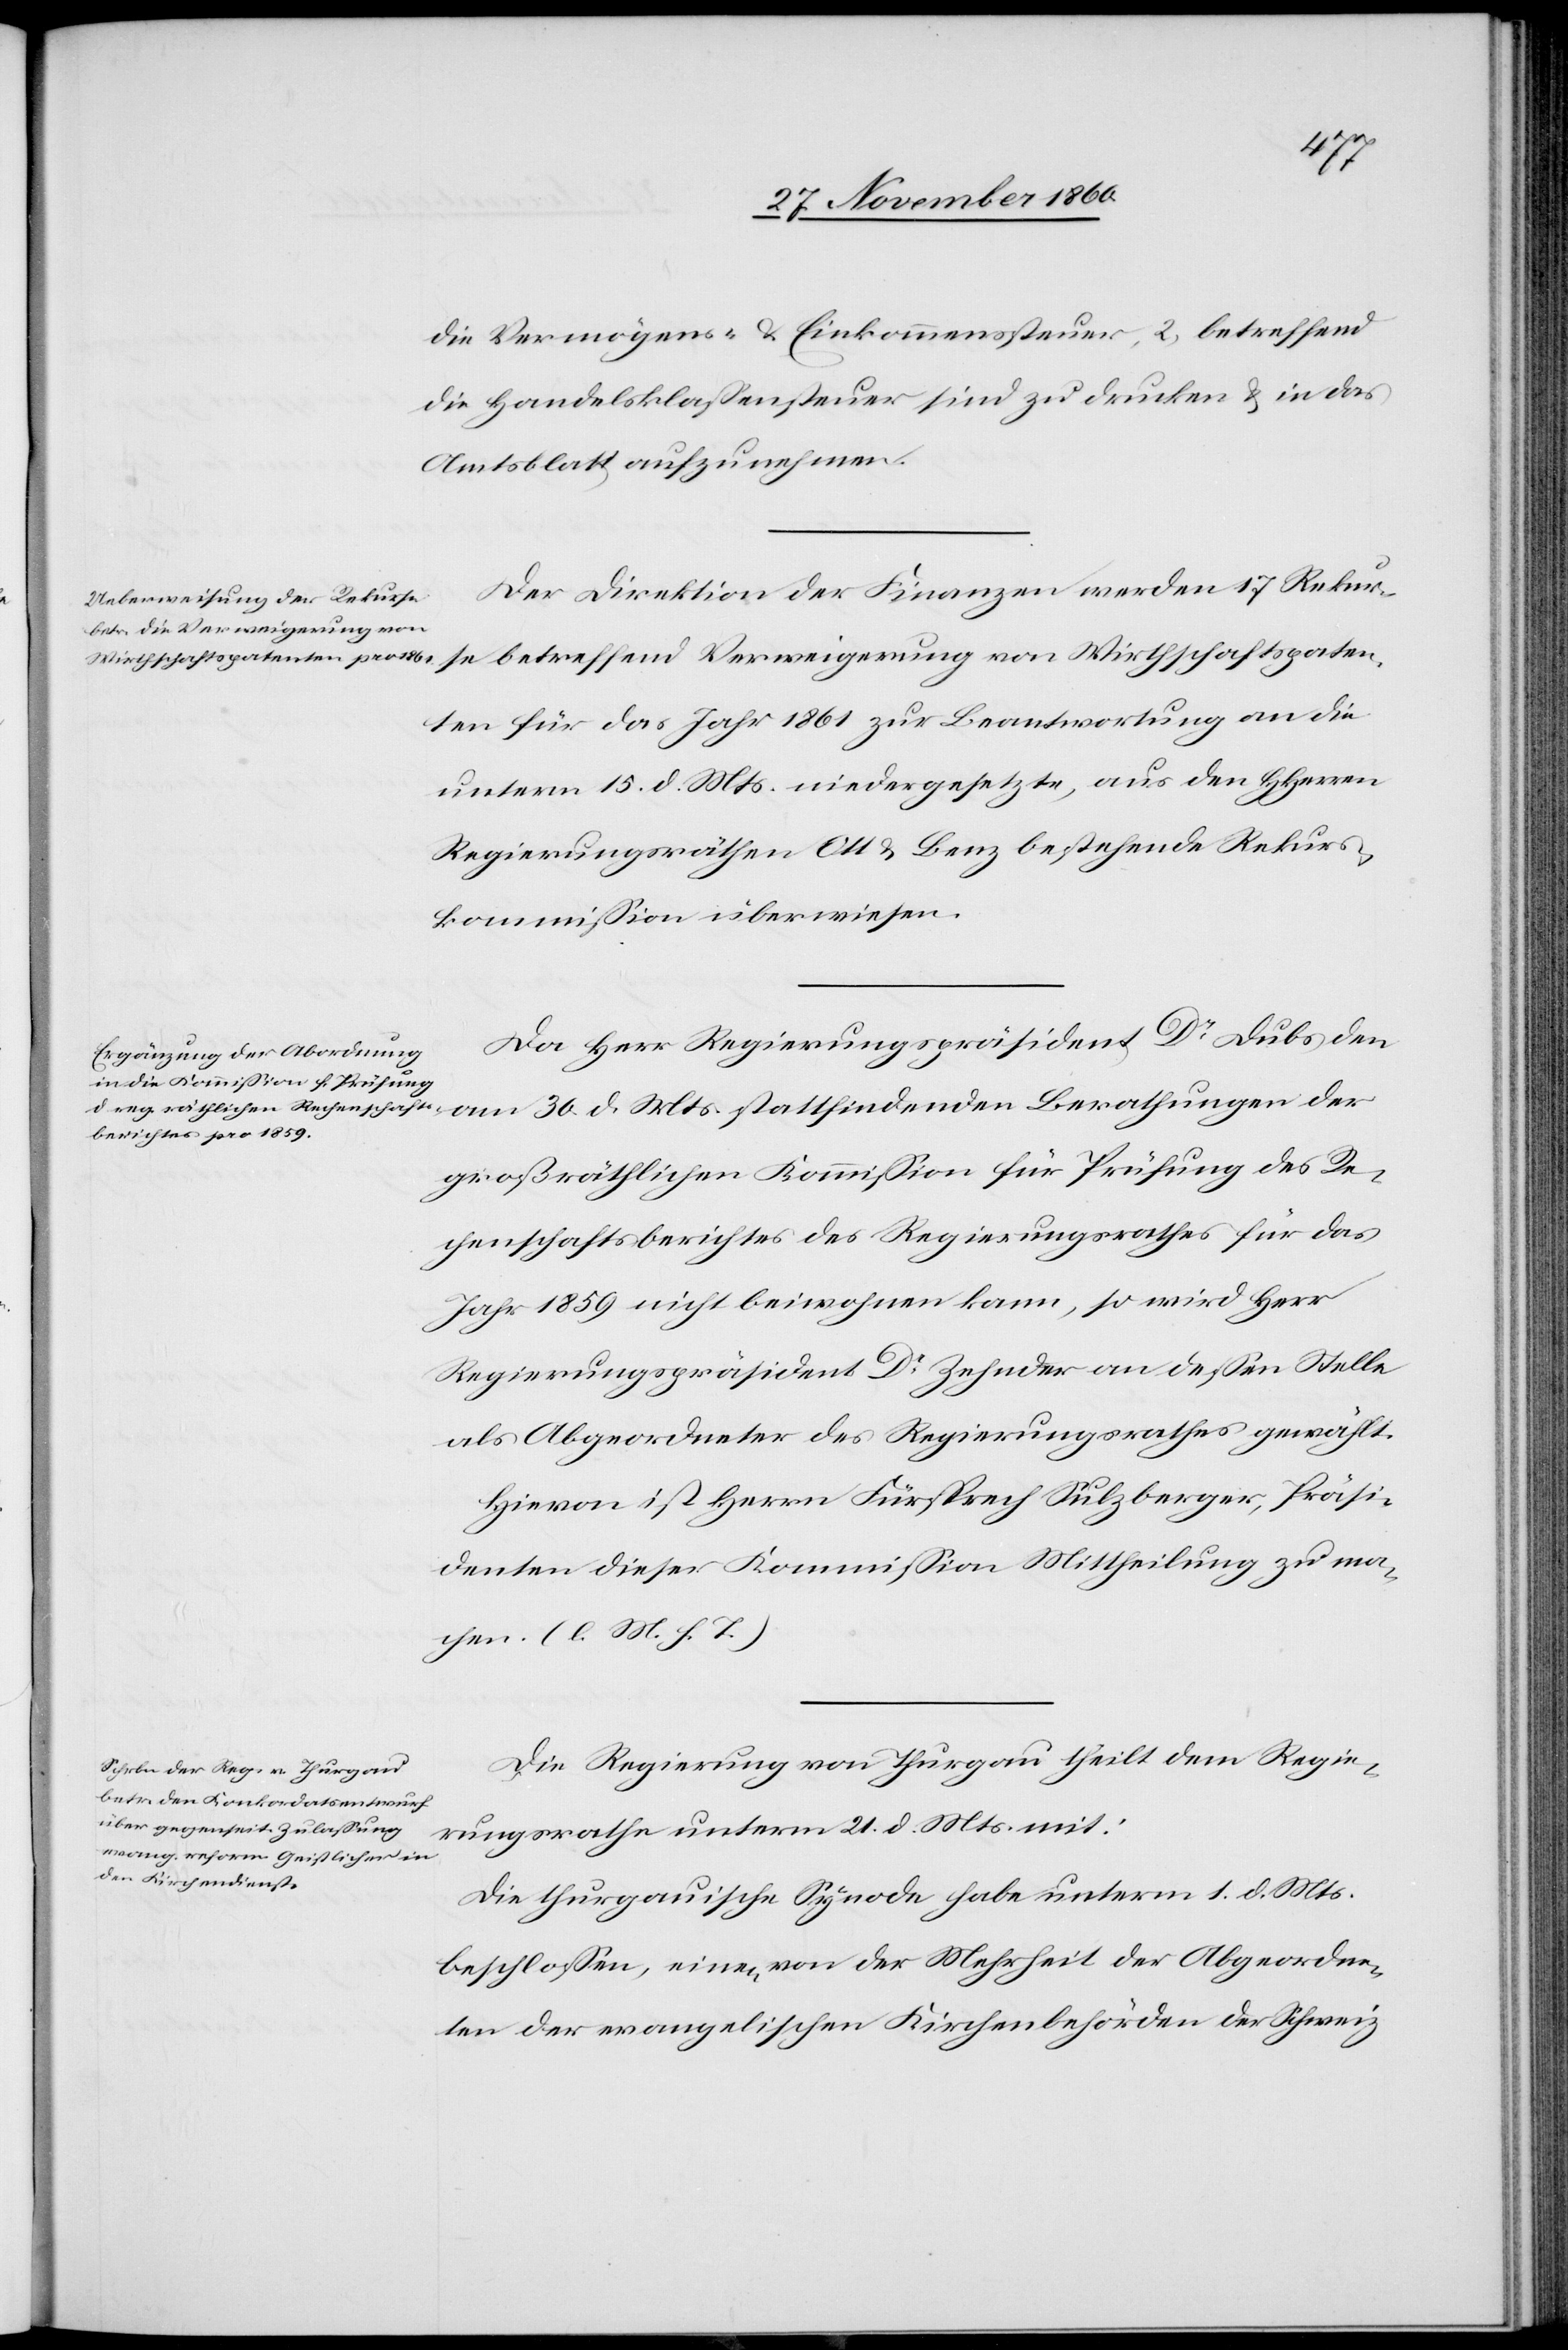
die Vermögens- u. Einkommenssteuer, 2) betreffend
die Handelsklassensteuer sind zu drucken u. in das
Amtsblatt aufzunehmen.
Der Direktion der Finanzen werden 17 Rekur¬
nten für das Jahr 1861 zur Beantwortung an die
unterm 15. d. Mts. niedergesetzte, aus den HHerren
Regierungsräthen Ott u. Benz bestehende Rekurs¬
kommission überwiesen.
Da Herr Regierungspräsident Dr Dubs den
am 30. d. Mts. stattfindenden Berathungen der
großräthlichen Kommission für Prüfung des Re¬
chenschaftsberichtes des Regierungsrathes für das
Jahr 1859 nicht beiwohnen kann, so wird Herr
Regierungspräsident Dr Zehnder an dessen Stelle
als Abgeordneter des Regierungsrathes gewählt.
Hievon ist Herrn Fürsprech Sulzberger, Präsi¬
denten dieser Kommission Mitheilung zu ma¬
chen. (l. M. h. T.)
Die Regierung von Thurgau theilt dem Regie¬
rungsrathe unterm 21. d. Mts. mit:
Wirthschaftspate¬
Die thurgauische Synode habe unterm 1. d. Mts.
beschlossen, einen von der Mehrheit der Abgeordne¬
ten der evangelischen Kirchenbehörden der Schweiz